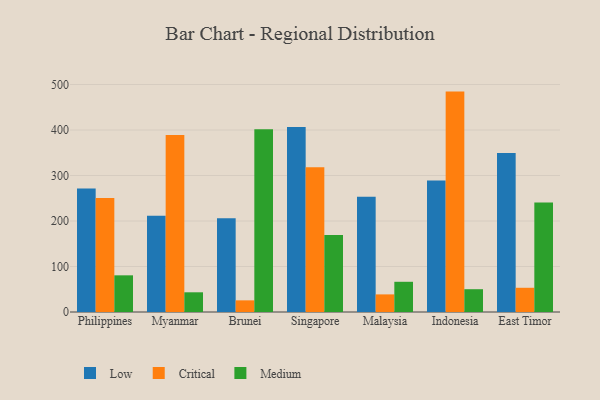
{"axis": {"x": "Country", "y": "Production Output"}, "legend": ["Critical", "Low", "Medium"], "data": [{"x": "Philippines", "y": 271.2, "type": "Low"}, {"x": "Philippines", "y": 250.8, "type": "Critical"}, {"x": "Philippines", "y": 80.6, "type": "Medium"}, {"x": "Myanmar", "y": 211.3, "type": "Low"}, {"x": "Myanmar", "y": 389.1, "type": "Critical"}, {"x": "Myanmar", "y": 43.3, "type": "Medium"}, {"x": "Brunei", "y": 206.0, "type": "Low"}, {"x": "Brunei", "y": 25.6, "type": "Critical"}, {"x": "Brunei", "y": 401.7, "type": "Medium"}, {"x": "Singapore", "y": 406.6, "type": "Low"}, {"x": "Singapore", "y": 318.3, "type": "Critical"}, {"x": "Singapore", "y": 169.0, "type": "Medium"}, {"x": "Malaysia", "y": 253.3, "type": "Low"}, {"x": "Malaysia", "y": 38.7, "type": "Critical"}, {"x": "Malaysia", "y": 66.4, "type": "Medium"}, {"x": "Indonesia", "y": 289.2, "type": "Low"}, {"x": "Indonesia", "y": 484.4, "type": "Critical"}, {"x": "Indonesia", "y": 50.1, "type": "Medium"}, {"x": "East Timor", "y": 349.6, "type": "Low"}, {"x": "East Timor", "y": 53.2, "type": "Critical"}, {"x": "East Timor", "y": 240.4, "type": "Medium"}]}